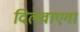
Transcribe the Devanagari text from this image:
दिलवाएगा